Bombay plague: being a history of the progress of plague in the Bombay presidency from September 1896 to June 1899
Year: 1896
Disease focus: Plague
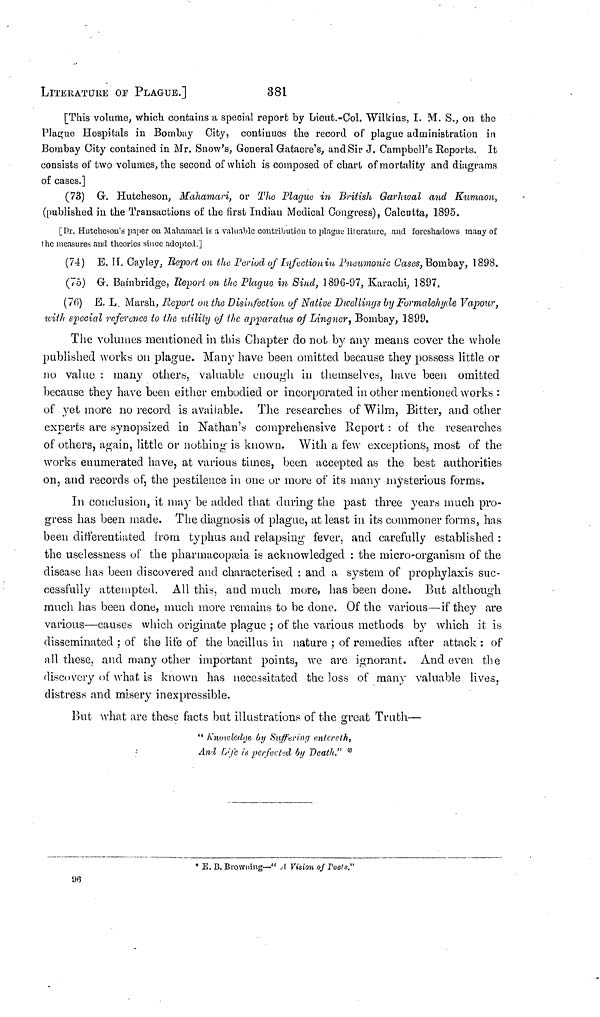
LITERATURE or PLAGUE.]
381
[This volume, which contains a special report by Lieut.-Col. Wilkins, I. M. S., on the
Plague Hospitals in Bombay City, continues the record of plague administration in
Bombay City contained in Mr. Snow's, General Gatacre's, and Sir J. Campbell's Reports. It
consists of two volumes, the second of which is composed of chart of mortality and diagrams
of cases.]
(73) G. Hutcheson, Mahamari, or The Plague in British Garhwal and Kumaon,
(published in the Transactions of the first Indian Medical Congress), Calcutta, 1895.
[Dr. Hutcheson's paper on Mahamari is a valuable contribution to plague literature, and foreshadows many of
the measures and theories since adopted.]
(74) E. II. Cayley, Report on the Period of Infection in Pneumonic Cases, Bombay, 1898.
(75) G. Bainbridge, Report on the Plague in Sind, 1896-97, Karachi, 1897.
(76) E. L. Marsh, Report on the Disinfection of Native Dwellings by Formalehyde Vapour,
with special reference to the utility of the apparatus of Lingner, Bombay, 1899.
The volumes mentioned in this Chapter do not by any means cover the whole
published works on plague. Many have been omitted because they possess little or
no value : many others, valuable enough in themselves, have been omitted
because they have been either embodied or incorporated in other mentioned works :
of yet more no record is available. The researches of Wilm, Bitter, and other
experts are synopsized in Nathan's comprehensive Report: of the researches
of others, again, little or nothing is known. With a few exceptions, most of the
works enumerated have, at various times, been accepted as the best authorities
on, and records of, the pestilence in one or more of its many mysterious forms.
In conclusion, it may be added that during the past three years much pro-
gress has been made. The diagnosis of plague, at least in its commoner forms, has
been differentiated from typhus and relapsing fever, and carefully established :
the uselessness of the pharmacopæia is acknowledged : the micro-organism of the
disease has been discovered and characterised : and a system of prophylaxis suc-
cessfully attempted. All this, and much more, has been done. But although
much has been done, much more remains to be clone. Of the various—if they are
various—causes which originate plague ; of the various methods by which it is
disseminated ; of the life of the bacillus in nature ; of remedies after attack : of
all these, and many other important points, we are ignorant. And even the
discovery of what is known has necessitated the loss of many valuable lives,
distress and misery inexpressible.
But what are these facts but illustrations of the great Truth—
" Knowledge by Suffering enlereth,
And
Life
is
perfected
by
Death."*
* E. B. Browning—" A Vision of Poets."
96